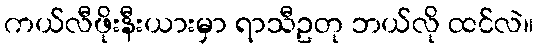
ကယ်လီဖိုးနီးယားမှာ ရာသီဥတု ဘယ်လို ထင်လဲ။